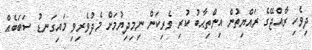
ދިވެހި ރާއްޖޭގެ ރައްޔިތުން އިންތިޙާބު ކުރި ވެރިކަން ނިމިދިޔުމަށް މެދުވެރިވި މައިގަނޑު ސަބަބެއް